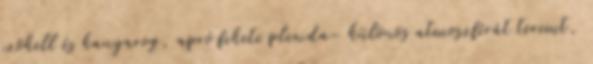
szökell és kanyarog, apró fekete plexida- különös atmoszférát teremt,